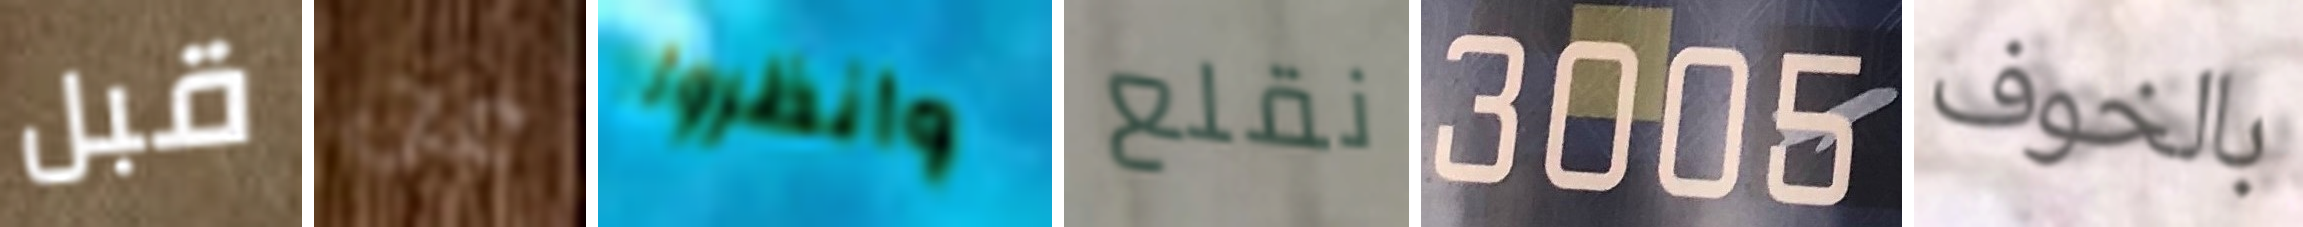
قبل عن وانظروا نقلع 3005 بالخوف